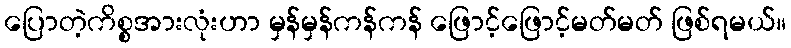
ပြောတဲ့ကိစ္စအားလုံးဟာ မှန်မှန်ကန်ကန် ဖြောင့်ဖြောင့်မတ်မတ် ဖြစ်ရမယ်။